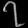
Digit: ၇